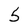
Character: 5